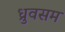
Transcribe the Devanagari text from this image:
ध्रुवसम